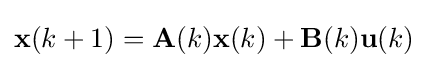
\mathbf {x} (k+1)=\mathbf {A} (k)\mathbf {x} (k)+\mathbf {B} (k)\mathbf {u} (k)